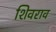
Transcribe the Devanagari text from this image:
शिवराव